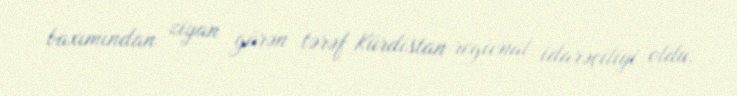
baxımından ziyan görən tərəf Kürdistan regional idarəçiliyi oldu.